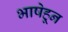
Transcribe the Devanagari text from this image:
भाषेहून